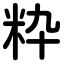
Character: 粋